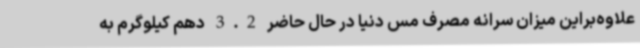
علاوه‌براین میزان سرانه مصرف مس دنیا در حال حاضر 3.2 دهم کیلوگرم به